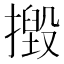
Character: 𢶙